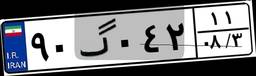
۹۰گ۰۴۲۱۱